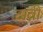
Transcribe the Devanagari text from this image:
टाव्नी